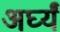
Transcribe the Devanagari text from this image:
अर्घ्यं